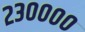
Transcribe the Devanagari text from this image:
२३००००